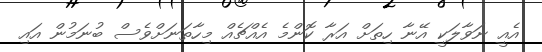
އެއީ ނަވާލަކީ އޭނާ ހިތަށް އަރާ ކޮންމެ އެއްޗެއް މިހާތަނަށްވެސް ބުނަމުން އައި